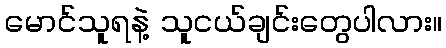
မောင်သူရနဲ့ သူငယ်ချင်းတွေပါလား။